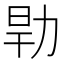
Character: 𰕹